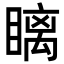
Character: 瞝